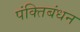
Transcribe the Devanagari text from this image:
पंक्तिबंधन